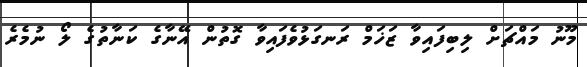
މޫނު މައްޗަށް ލިބިފައިވާ ޒަޚަމް ރަނގަޅުވެފައިވާ ގޮތުން އޭނާގެ ކަނާތުގެ ލޯ ނުމެރެ